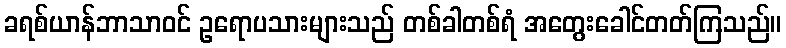
ခရစ်ယာန်ဘာသာဝင် ဥရောပသားများသည် တစ်ခါတစ်ရံ အတွေးခေါင်တတ်ကြသည်။